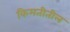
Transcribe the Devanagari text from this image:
किमतीतील